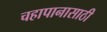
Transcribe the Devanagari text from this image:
चहापानासाठी